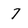
Character: 7